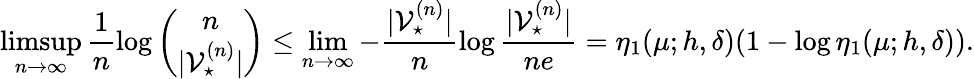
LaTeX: \operatorname*{limsup}_{n\rightarrow\infty}\frac{1}{n}\log\binom{n}{|\mathcal{V}_{\star}^{(n)}|}\leq\operatorname*{lim}_{n\rightarrow\infty}-\frac{|\mathcal{V}_{\star}^{(n)}|}{n}\log\frac{|\mathcal{V}_{\star}^{(n)}|}{ne}=\eta_{1}(\mu;h,\delta)(1-\log\eta_{1}(\mu;h,\delta)).